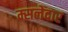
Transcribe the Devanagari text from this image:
म्सलेदार